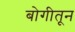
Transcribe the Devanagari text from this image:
बोगीतून